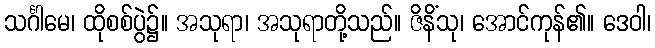
သင်္ဂါမေ၊ ထိုစစ်ပွဲ၌။ အသုရာ၊ အသုရာတို့သည်။ ဇိနိံသု၊ အောင်ကုန်၏။ ဒေဝါ၊